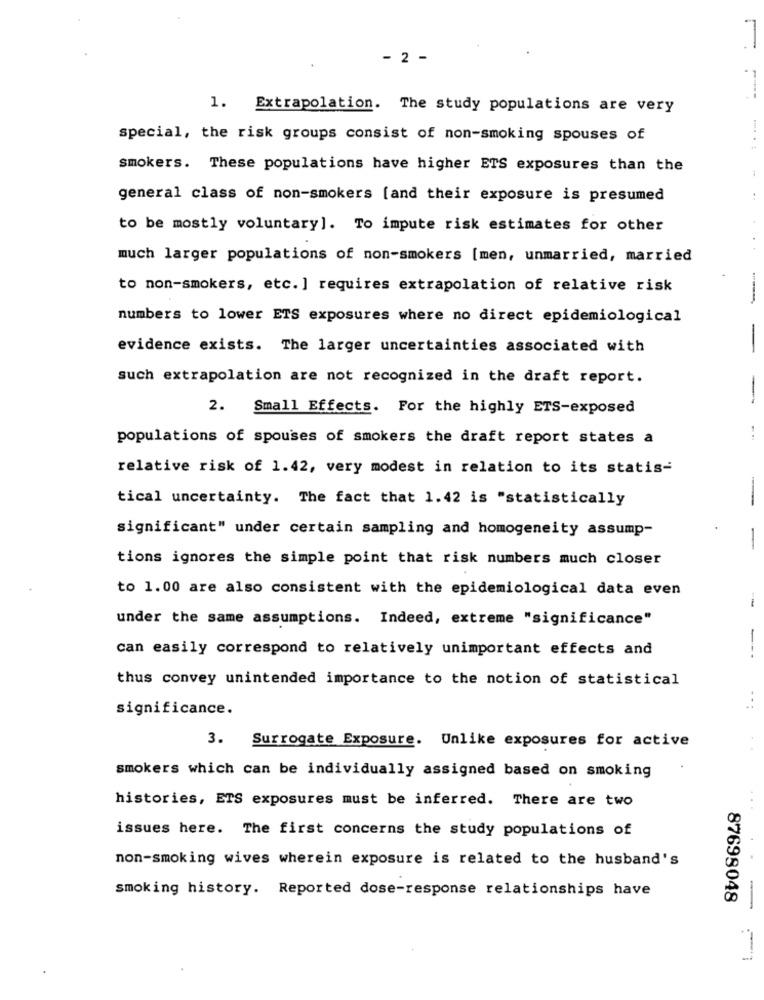
7
- 2 -
1. Extrapolation. The study populations are very
special, the risk groups consist of non-smoking spouses of
smokers. These populations have higher ETS exposures than the
1
general class of non-smokers [and their exposure is presumed
to be mostly voluntary]. To impute risk estimates for other
much larger populations of non-smokers [men, unmarried, married
to non-smokers, etc. ] requires extrapolation of relative risk
numbers to lower ETS exposures where no direct epidemiological
evidence exists. The larger uncertainties associated with
-
such extrapolation are not recognized in the draft report.
-
2.
Small Effects. For the highly ETS-exposed
populations of spouses of smokers the draft report states a
--
relative risk of 1.42, very modest in relation to its statis-
tical uncertainty. The fact that 1.42 is "statistically
significant" under certain sampling and homogeneity assump-
-
tions ignores the simple point that risk numbers much closer
to 1.00 are also consistent with the epidemiological data even
--
under the same assumptions. Indeed, extreme "significance"
can easily correspond to relatively unimportant effects and
---.
thus convey unintended importance to the notion of statistical
..
significance.
3. Surrogate Exposure. Unlike exposures for active
smokers which can be individually assigned based on smoking
histories, ETS exposures must be inferred. There are two
issues here. The first concerns the study populations of
non-smoking wives wherein exposure is related to the husband's
smoking history. Reported dose-response relationships have
87698048
-
1